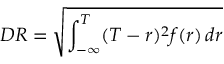
D R = { \sqrt { \int _ { - \infty } ^ { T } ( T - r ) ^ { 2 } f ( r ) \, d r } }